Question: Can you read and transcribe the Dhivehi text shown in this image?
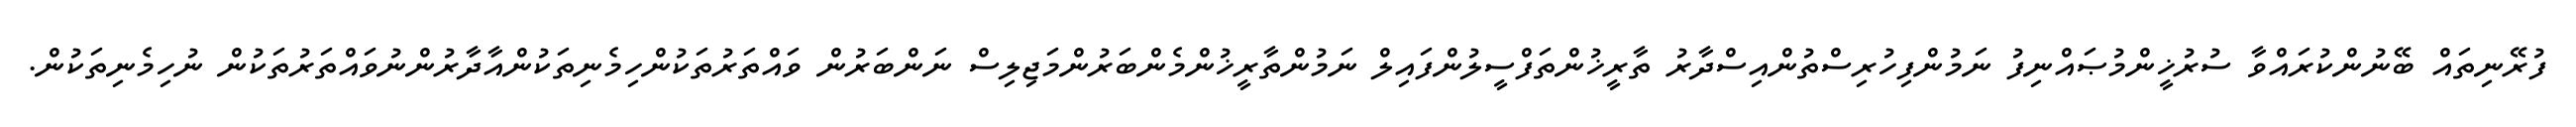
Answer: ފުރޭނިތައް ބޭނުންކުރައްވާ ސުރުޚީންމުޞައްނިފު ނަމުންފިހުރިސްތުންއިސްދާރު ތާރީޚުންތަފްސީލުންފައިލް ނަމުންތާރީޚުންމެންބަރުންމަޖިލިސް ނަންބަރުން ވައްތަރުތަކުންހިމެނިތަކުންއާދާރުންނުވައްތަރުތަކުން ނުހިމެނިތަކުން.